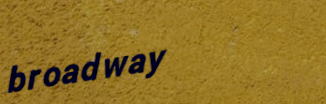
broadway